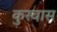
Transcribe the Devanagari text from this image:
कुरवास